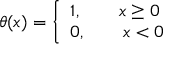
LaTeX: \theta ( x ) = \left\{ { \begin{array} { l l } { 1 , \qquad x \geq 0 } \\ { 0 , \qquad x < 0 } \end{array} } \right.